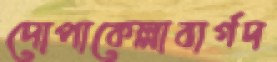
দোপাকেল্লাবার্গদ